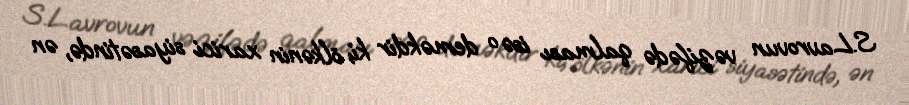
S.Lavrovun vəzifədə qalması isə o deməkdir ki, ölkənin xarici siyasətində, ən